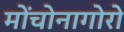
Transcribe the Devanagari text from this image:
मोंचोनागोरो